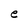
Character: e